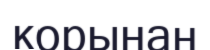
корынан